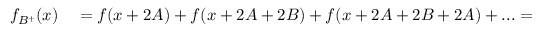
\begin{array} { r l } { f _ { B ^ { + } } ( x ) } & { { } = f ( x + 2 A ) + f ( x + 2 A + 2 B ) + f ( x + 2 A + 2 B + 2 A ) + . . . = } \end{array}